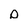
Character: D